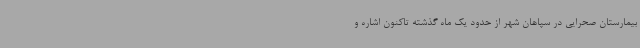
بیمارستان صحرایی در سپاهان شهر از حدود یک ماه گذشته تاکنون اشاره و